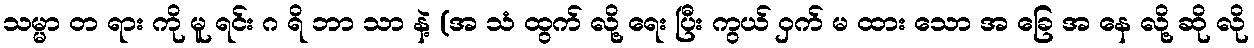
သမ္မာ တ ရား ကို မူ ရင်း ဂ ရိ ဘာ သာ နဲ့ (အ သံ ထွက် လို့ ရေး ပြီး ကွယ် ဝှက် မ ထား သော အ ခြေ အ နေ လို့ ဆို လို